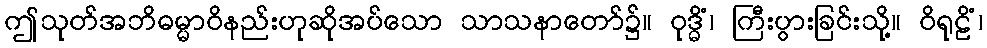
ဤသုတ်အဘိဓမ္မာဝိနည်းဟုဆိုအပ်သော သာသနာတော်၌။ ဝုဒ္ဓိံ၊ ကြီးပွားခြင်းသို့။ ဝိရုဠိံ၊